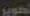
تحوير